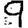
Digit: 9